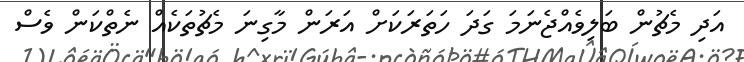
އަދި މެޗުން ބަލިވެއްޖެނަމަ ގަދަ ހަތަރަކަށް އަރަން މާގިނަ މެޗުތަކެއް ނެތްކަން ވެސް